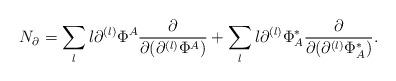
LaTeX: \begin{align*}N_\partial=\sum_l l\partial^{(l)}\Phi^A\frac{\partial}{\partial (\partial^{(l)}\Phi^A )}+\sum_l l\partial^{(l)}\Phi^*_A\frac{\partial}{\partial (\partial^{(l)}\Phi^*_A )}.\end{align*}